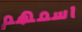
اسمهم